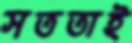
সততাই